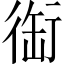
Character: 䘖